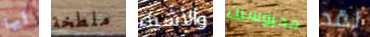
أيها ملطخة والأشياء محبوسين لقد